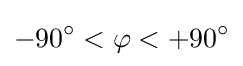
-90^{\circ }<\varphi <+90^{\circ }